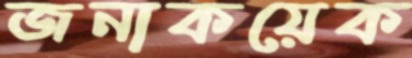
জনাকয়েক